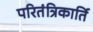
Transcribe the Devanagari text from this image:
परितंत्रिकार्ति